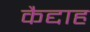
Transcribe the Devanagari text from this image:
कैद्दाह